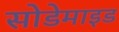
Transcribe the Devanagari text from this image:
सोडेमाइड